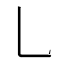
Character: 乚